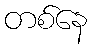
တစ်နေ